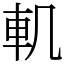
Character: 䡄